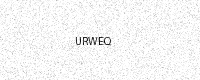
Text: URWEQ